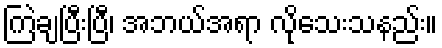
ကြဲချပြီးပြီ၊ အဘယ်အရာ လိုသေးသနည်း။